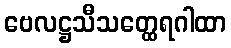
ဗေလဋ္ဌသီသတ္ထေရဂါထာ